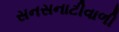
સનસનાટીવાળી